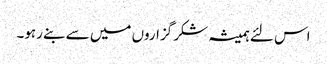
اس لئے ہمیشہ شکر گزاروں میں سے بنے رہو۔